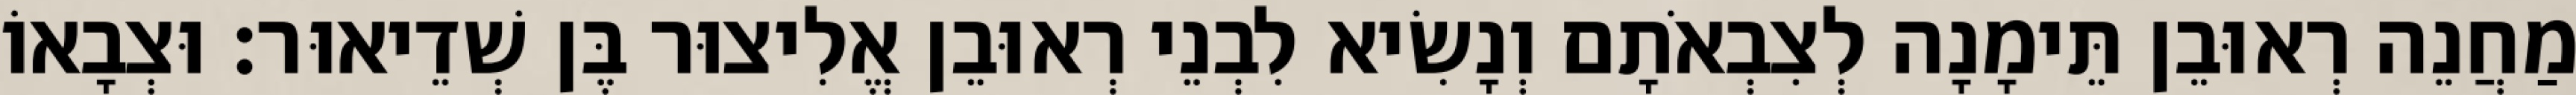
מַחֲנֵה רְאוּבֵן תֵּימָנָה לְצִבְאֹתָם וְנָשִׂיא לִבְנֵי רְאוּבֵן אֱלִיצוּר בֶּן שְׁדֵיאוּר׃ וּצְבָאוֹ